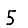
Digit: 5